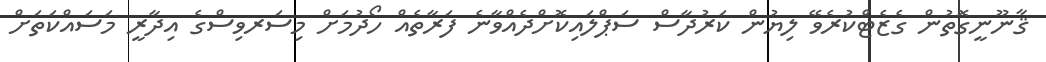
ޤާނޫނީގޮތުން ގެޒެޓްކުރެވޭ ލިޔުން ކަރުދާސް ސަޕްލައިކޮށްދެއްވާނެ ފަރާތެއް ހޯދުމަށް މިސަރވިސްގެ އިދާރީ މަސައްކަތަށް